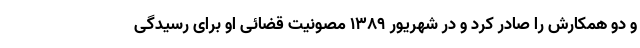
و دو همکارش را صادر کرد و در شهریور ۱۳۸۹ مصونیت قضائی او برای رسیدگی